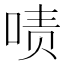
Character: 啧